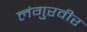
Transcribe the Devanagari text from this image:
लंगुरवीर